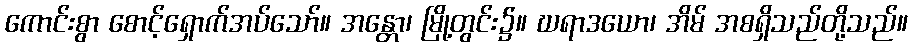
ကောင်းစွာ စောင့်ရှောက်အပ်သော်။ အန္တော၊ မြို့တွင်း၌။ ဃရာဒယော၊ အိမ် အစရှိသည်တို့သည်။